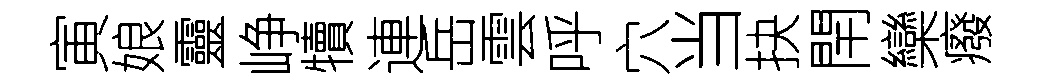
寅娘靈峥犢連岳雲呼穴当抉閈欒癈